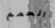
الحمم